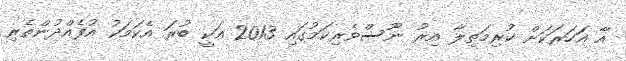
އާ އަހަރަކަށް ކުރިމަތިލާ އިރު ނޫސްވެރިކަމުގައި 2013 އަކީ ބުރަ އެކަމަކު އުފެއްދުންތެރި